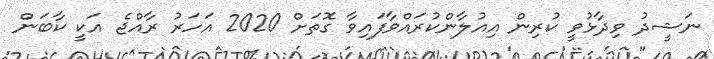
ނަޝީދު ވިދާޅުވީ ކުރިން އިއުލާންކުރައްވާފައިވާ ގޮތަށް 2020 އަހަރު ރާއްޖެ އަކީ ކާބަން